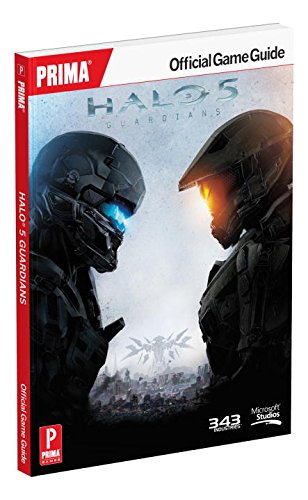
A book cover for Halo 5: Guardians Standard Edition Strategy Guide: Prima Official Game Guide; Prima Games; Humor & Entertainment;